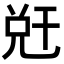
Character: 𭀧